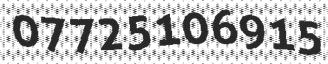
07725106915